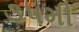
૩૫મી